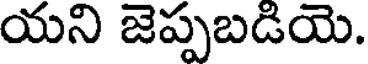
యని జెప్పబడియె.